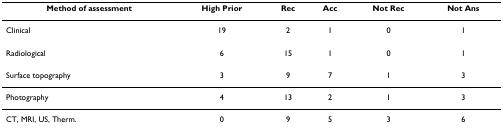
| Method of assessment | High Prior | Rec | Acc | Not Rec | Not Ans |
 | --- | --- | --- | --- | --- | --- |
 | Clinical | 19 | 2 | 1 | 0 | 1 |
 | Radiological | 6 | 15 | 1 | 0 | 1 |
 | Surface topography | 3 | 9 | 7 | 1 | 3 |
 | Photography | 4 | 13 | 2 | 1 | 3 |
 | CT, MRI, US, Therm. | 0 | 9 | 5 | 3 | 6 |